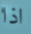
اذا